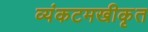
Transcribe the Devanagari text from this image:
व्यंकटमखीकृत